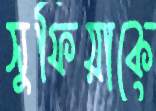
সুফিয়াকে